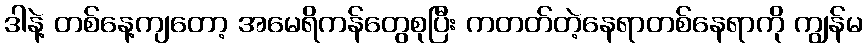
ဒါနဲ့ တစ်နေ့ကျတော့ အမေရိကန်တွေစုပြီး ကတတ်တဲ့နေရာတစ်နေရာကို ကျွန်မ